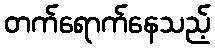
တက်ရောက်နေသည့်